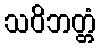
သဝိဘတ္တံ